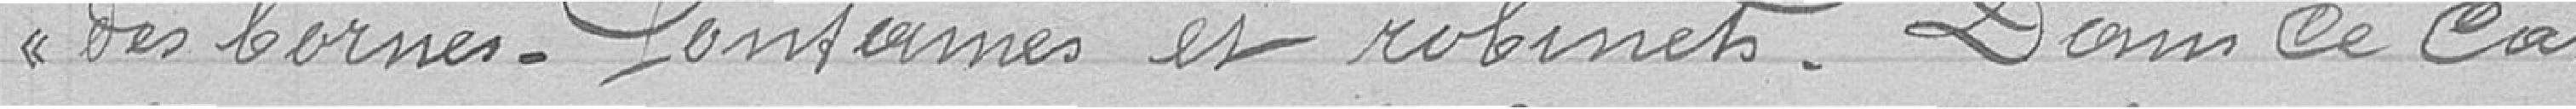
des bornes-fontaines et robinets. Dans ce cas,